Report of the Indian Hemp Drugs Commission, 1894-1895 - Volume VI
Year: 1894
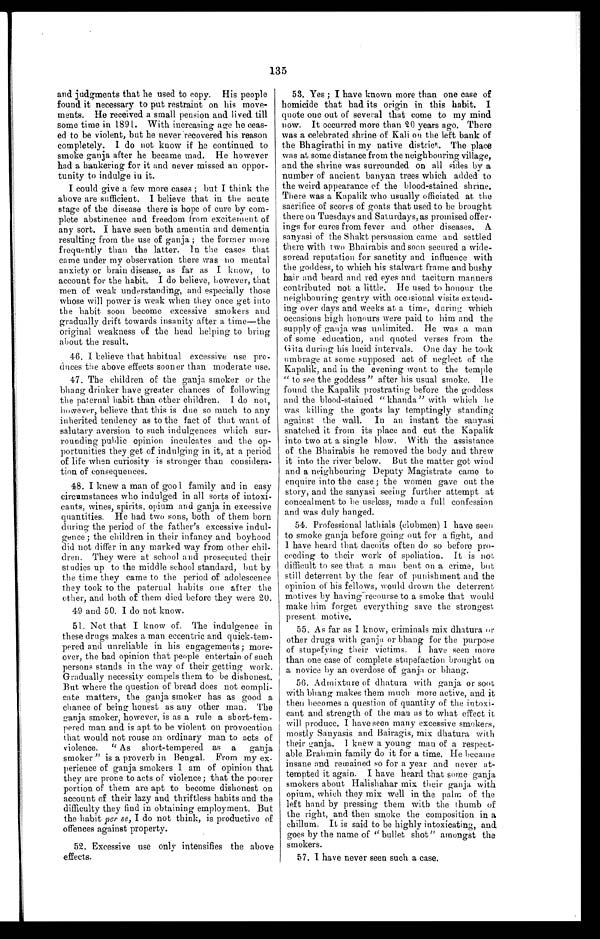
135
and judgments that he used to copy. His people
found it necessary to put restraint on his move--
ments. He received a small pension and lived till
some time in 1891. With increasing age he ceas-
ed to be violent, but he never recovered his reason
completely. I do not know if he continued to
smoke ganja after he became mad. He however
had a hankering for it and never missed an oppor-
tunity to indulge in it.
I could give a few more cases ; but I think the
above are sufficient. I believe that in the acute
stage of the disease there is hope of cure by com-
- p l e t e a b s t i n e n c e a n d f r e e d o m f r o m e x c i t e m e n t o f
any sort. I have seen both amentia and dementia
resulting from the use of ganja ; the former more
frequently than the latter. In the cases that
came under my observation there was no mental
anxiety or brain disease, as far as I know, to
account for the habit. I do believe, however, that
men of weak understanding, and especially those
whose will power is weak when they once get into
the habit soon become excessive smokers and
gradually drift towards insanity after a time—the
original weakness of the head helping to bring
about the result.
46. I believe that habitual excessive use pro-
duces the above effects sooner than moderate use.
47. The children of the ganja smoker or the
bhang drinker have greater chances of following
the paternal habit than other children. I do not,
h o w e v e r , b e l i e v e t h a t t h i s i s d u e s o m u c h t o a n y
inherited tendency as to the fact of that want of
salutary aversion to such indulgences which sur
-rounding public opinion inculcates and the op-
portunities they get, of indulging in it, at a period
of life when curiosity is stronger than considera--
tion of consequences.
48. I knew a man of good family and in easy
circumstances who indulged in all sorts of intoxi--
cants, wines, spirits, opium and ganja in excessive
quantities. He had two sons, both of them born
during the period of the father’s excessive indul--
gence; the children. in their infancy and boyhood
did not differ in any marked way from other chil-
- d r e n . T h e y w e r e a t s c h o o l a n d p r o s e c u t e d t h e i r
studies up to the middle school standard, but by
the time they came to the period of adolescence
they took to the paternal habits one after the
other, and both of them died before they were 20.
49 and 50. I do not know.
51. Not that I know of. The indulgence in
these drugs makes a man eccentric and quick-tem--
pered and unreliable in his engagements; more--
over, the bad opinion that people entertain of such
persons stands in the way of their getting work.
Gradually necessity compels them to be dishonest.
But where the question of bread does not compli-
-cate matters, the ganja smoker has as good a
chance of being honest as any other man. The
ganja smoker, however, is as a rule a short-tem-
pered man and is apt to be violent on provocation
that would not rouse an ordinary man to acts of
violence, “ As short-tempered as a ganja
smoker ” is a proverb in Bengal. From my ex-
perience of ganja smokers I am of opinion that
they are prone to acts of violence; that the poorer
portion of them are apt to become dishonest on
account of their lazy and thriftless habits and the
difficulty they find in obtaining employment. But
the habit per se, I do not think, is productive of
offences against property.
52. Excessive use only intensifies the above
effects.
53. Yes ; I have known more than one case of
homicide that had its origin in this habit. I
quote one out of several that come to my mind
now. It occurred more than 20 years ago. There
was a celebrated shrine of Kali ou the left bank of
the Bhagirathi in my native district. The place
was at some distance from the neighbouring village,
and the shrine was surrounded on all sides by a
number of ancient banyan trees which added to
the weird appearance of the blood-stained shrine.
There was a Kapalik who usually officiated at the
sacrifice of scores of goats that used to be brought
there on Tuesdays and Saturdays, as promised offer-
ings for cures from fever and other diseases. A
sanyasi of the Shakt persuasion came and settled
there with two Bhairabis and soon secured a
w i d e - s p r e a d r e p u t a t i o n f o r s a n c t i t y a n d i n f l u e n c e w i t h
the goddess, to which his stalwart frame and bushy
hair and beard and red eyes and taciturn manners
contributed not a little. He used to honour the
neighbouring gentry with occasional visits extend-
ing over days and weeks at a time, during which
occasions high honours Were paid to him and the
supply of ganja was unlimited. He was a man
of some education, and quoted verses from the
G i t a d u r i n g h i s l u c i d i n t e r v a l s . O n e d a y h e t o o k
umbrage at some supposed act of neglect of the
Kapalik, and in the evening went to the temple
“ t o
s e e
t h e g o d d e s s ” a f t e r h i s u s u a l s m o k e . H e
found the Kapalik prostrating before the goddess
and the blood-stained “ khanda” with which he
was killing the goats lay temptingly standing
against the wall. In an instant the sanyasi
snatched it from its place and cut the Kapalik
into two at a single blow. With the assistance
of the Bhairabis he removed the body and threw
it into the river below. But the matter got wind
and a neighbouring Deputy Magistrate came to
enquire into the case ; the women gave out the
story, and the sanyasi seeing further attempt at
concealment to he useless, made a full confession
and was duly hanged.
54. Professional lathials (clubmen) I have seen
to smoke ganja before going out for a fight, and
I have heard that dacoits often do so before pro-
- c e e d i n g t o t h e i r w o r k o f s p o l i a t i o n . I t i s n o t
difficult to see that a man bent on a crime, but
still deterrent by the fear of punishment and the
opinion of his fellows, would drown the deterrent
motives by having recourse to a smoke that would
make him forget everything save the strongest
present motive.
55. As far as I know, criminals mix dhatura
or other drugs with ganja or bhang for the purpose
of stupefying their victims. I have seen more
than one case of complete stupefaction brought on
a novice by an overdose of ganja or bhang.
56. Admixture of dhatura with ganja or soot
with bhang makes them much more active, and it
then becomes a question of quantity of the intoxi--
cant and strength of the man as to what effect it
will produce. I have seen many excessive smokers,
mostly Sanyasis and Bairagis, mix dhatura with
their ganja. I knew a young man of a respect-
- a b l e B r a h m i n f a m i l y d o i t f o r a t i m e . H e b e c a m e
insane and remained so for a year and never at--
tempted it again. I have heard that some ganja
smokers about Halishahar mix their ganja with
opium, which they mix well in the palm of the
left hand by pressing them with the thumb of
the right, and then smoke the composition in a
chillum. It is said to be highly intoxicating, and.
goes by the name of “bullet shot” amongst the
smokers.
57. I have never seen such a case.